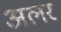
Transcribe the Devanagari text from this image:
अलर